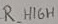
Text: R HIGH